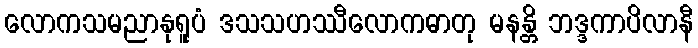
လောကသမညာနုရူပံ ဒသသဟဿီလောကဓာတု မနန္တိ ဘဒ္ဒကာပိလာနီ